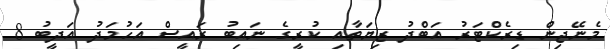
މެނޭޖިން ޑިރެކްޓަރު އަބްދު ޒިޔަތާއި ކުރީގެ ނައިބު ރައީސް އަހުމަދު އަދީބު 8